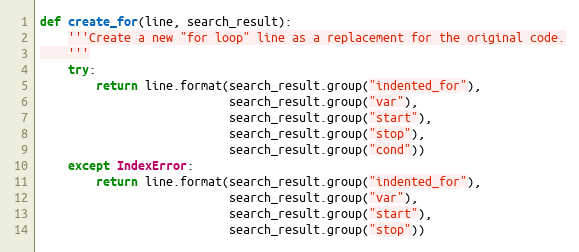
Language: Python
def create_for(line, search_result):
    '''Create a new "for loop" line as a replacement for the original code.
    '''
    try:
        return line.format(search_result.group("indented_for"),
                           search_result.group("var"),
                           search_result.group("start"),
                           search_result.group("stop"),
                           search_result.group("cond"))
    except IndexError:
        return line.format(search_result.group("indented_for"),
                           search_result.group("var"),
                           search_result.group("start"),
                           search_result.group("stop"))